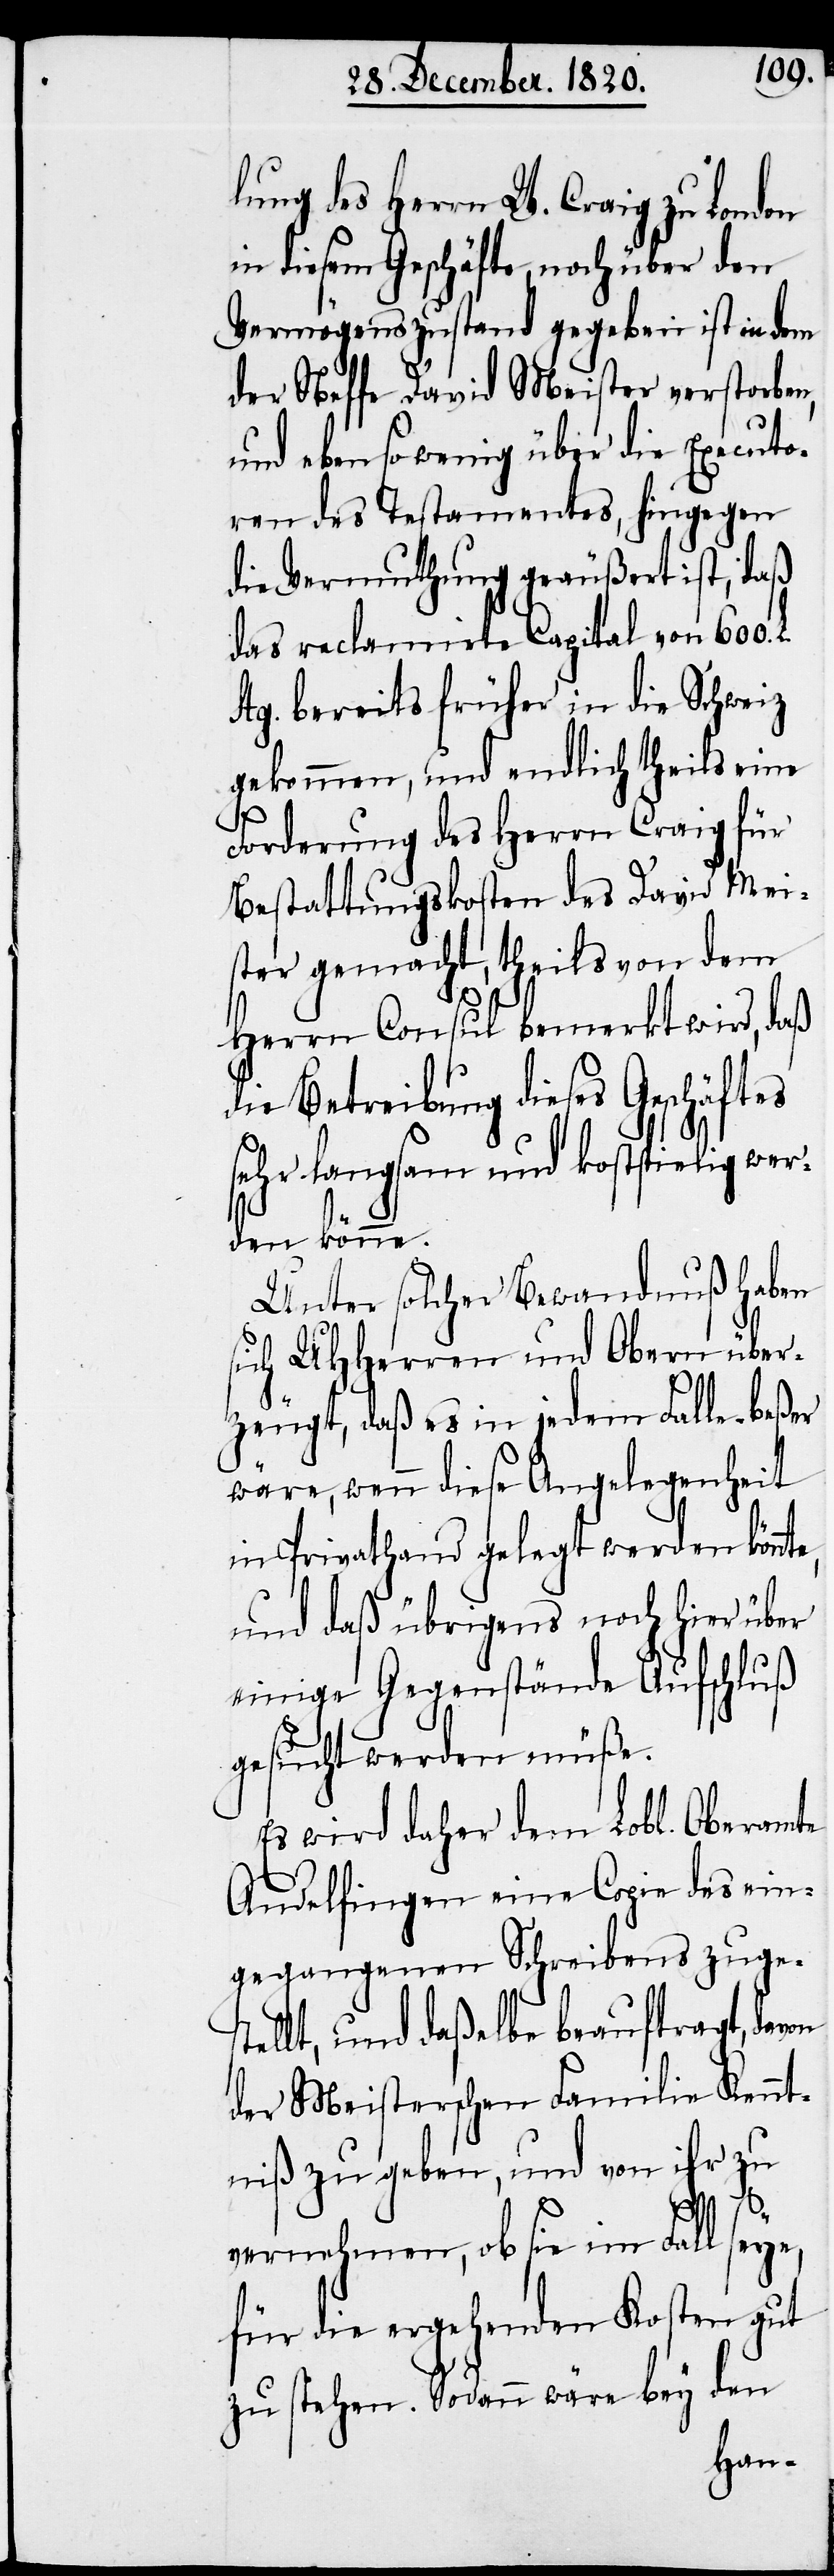
lung des Herrn W. Craig zu London
in diesem Geschäfte, noch über den
Vermögenszustand gegeben ist in dem
der Neffe David Meister verstorben,
und eben so wenig über die Executo¬
ren des Testamentes, hingegen
die Vermuthung geäußert ist, daß
das reclamirte Capital von 600.
Stg. bereits früher in die Schweiz
gekommen, und endlich theils eine
Forderung des Herrn Craig für
Bestattungskosten des David Mei¬
ster gemacht, theils von dem
Herrn Consul bemerkt wird, daß
die Betreibung dieses Geschäftes
sehr langsam und kostspielig werd¬
en könne.
Unter solcher Bewandnuß haben
sich UHHerren und Obern über¬
zeugt, daß es in jedem Falle beßer
wäre, wenn diese Angelegenheit
in Privathand gelegt werden könnt¬
und daß übrigens noch hier über
einige Gegenstände Aufschluß
gesucht werden müße.
Es wird daher dem Lobl. Oberamte
Andelfingen eine Copie des ein¬
gegangenen Schreibens zuges¬
lt, und daßelbe beauftragt, davon
der Meisterschen Familie Kennt¬
niß zu geben, und von ihr zu
tel¬
vernehmen, ob sie im Fall seye,
für die ergehenden Kosten gut
zu stehen. Sodann wäre bey den